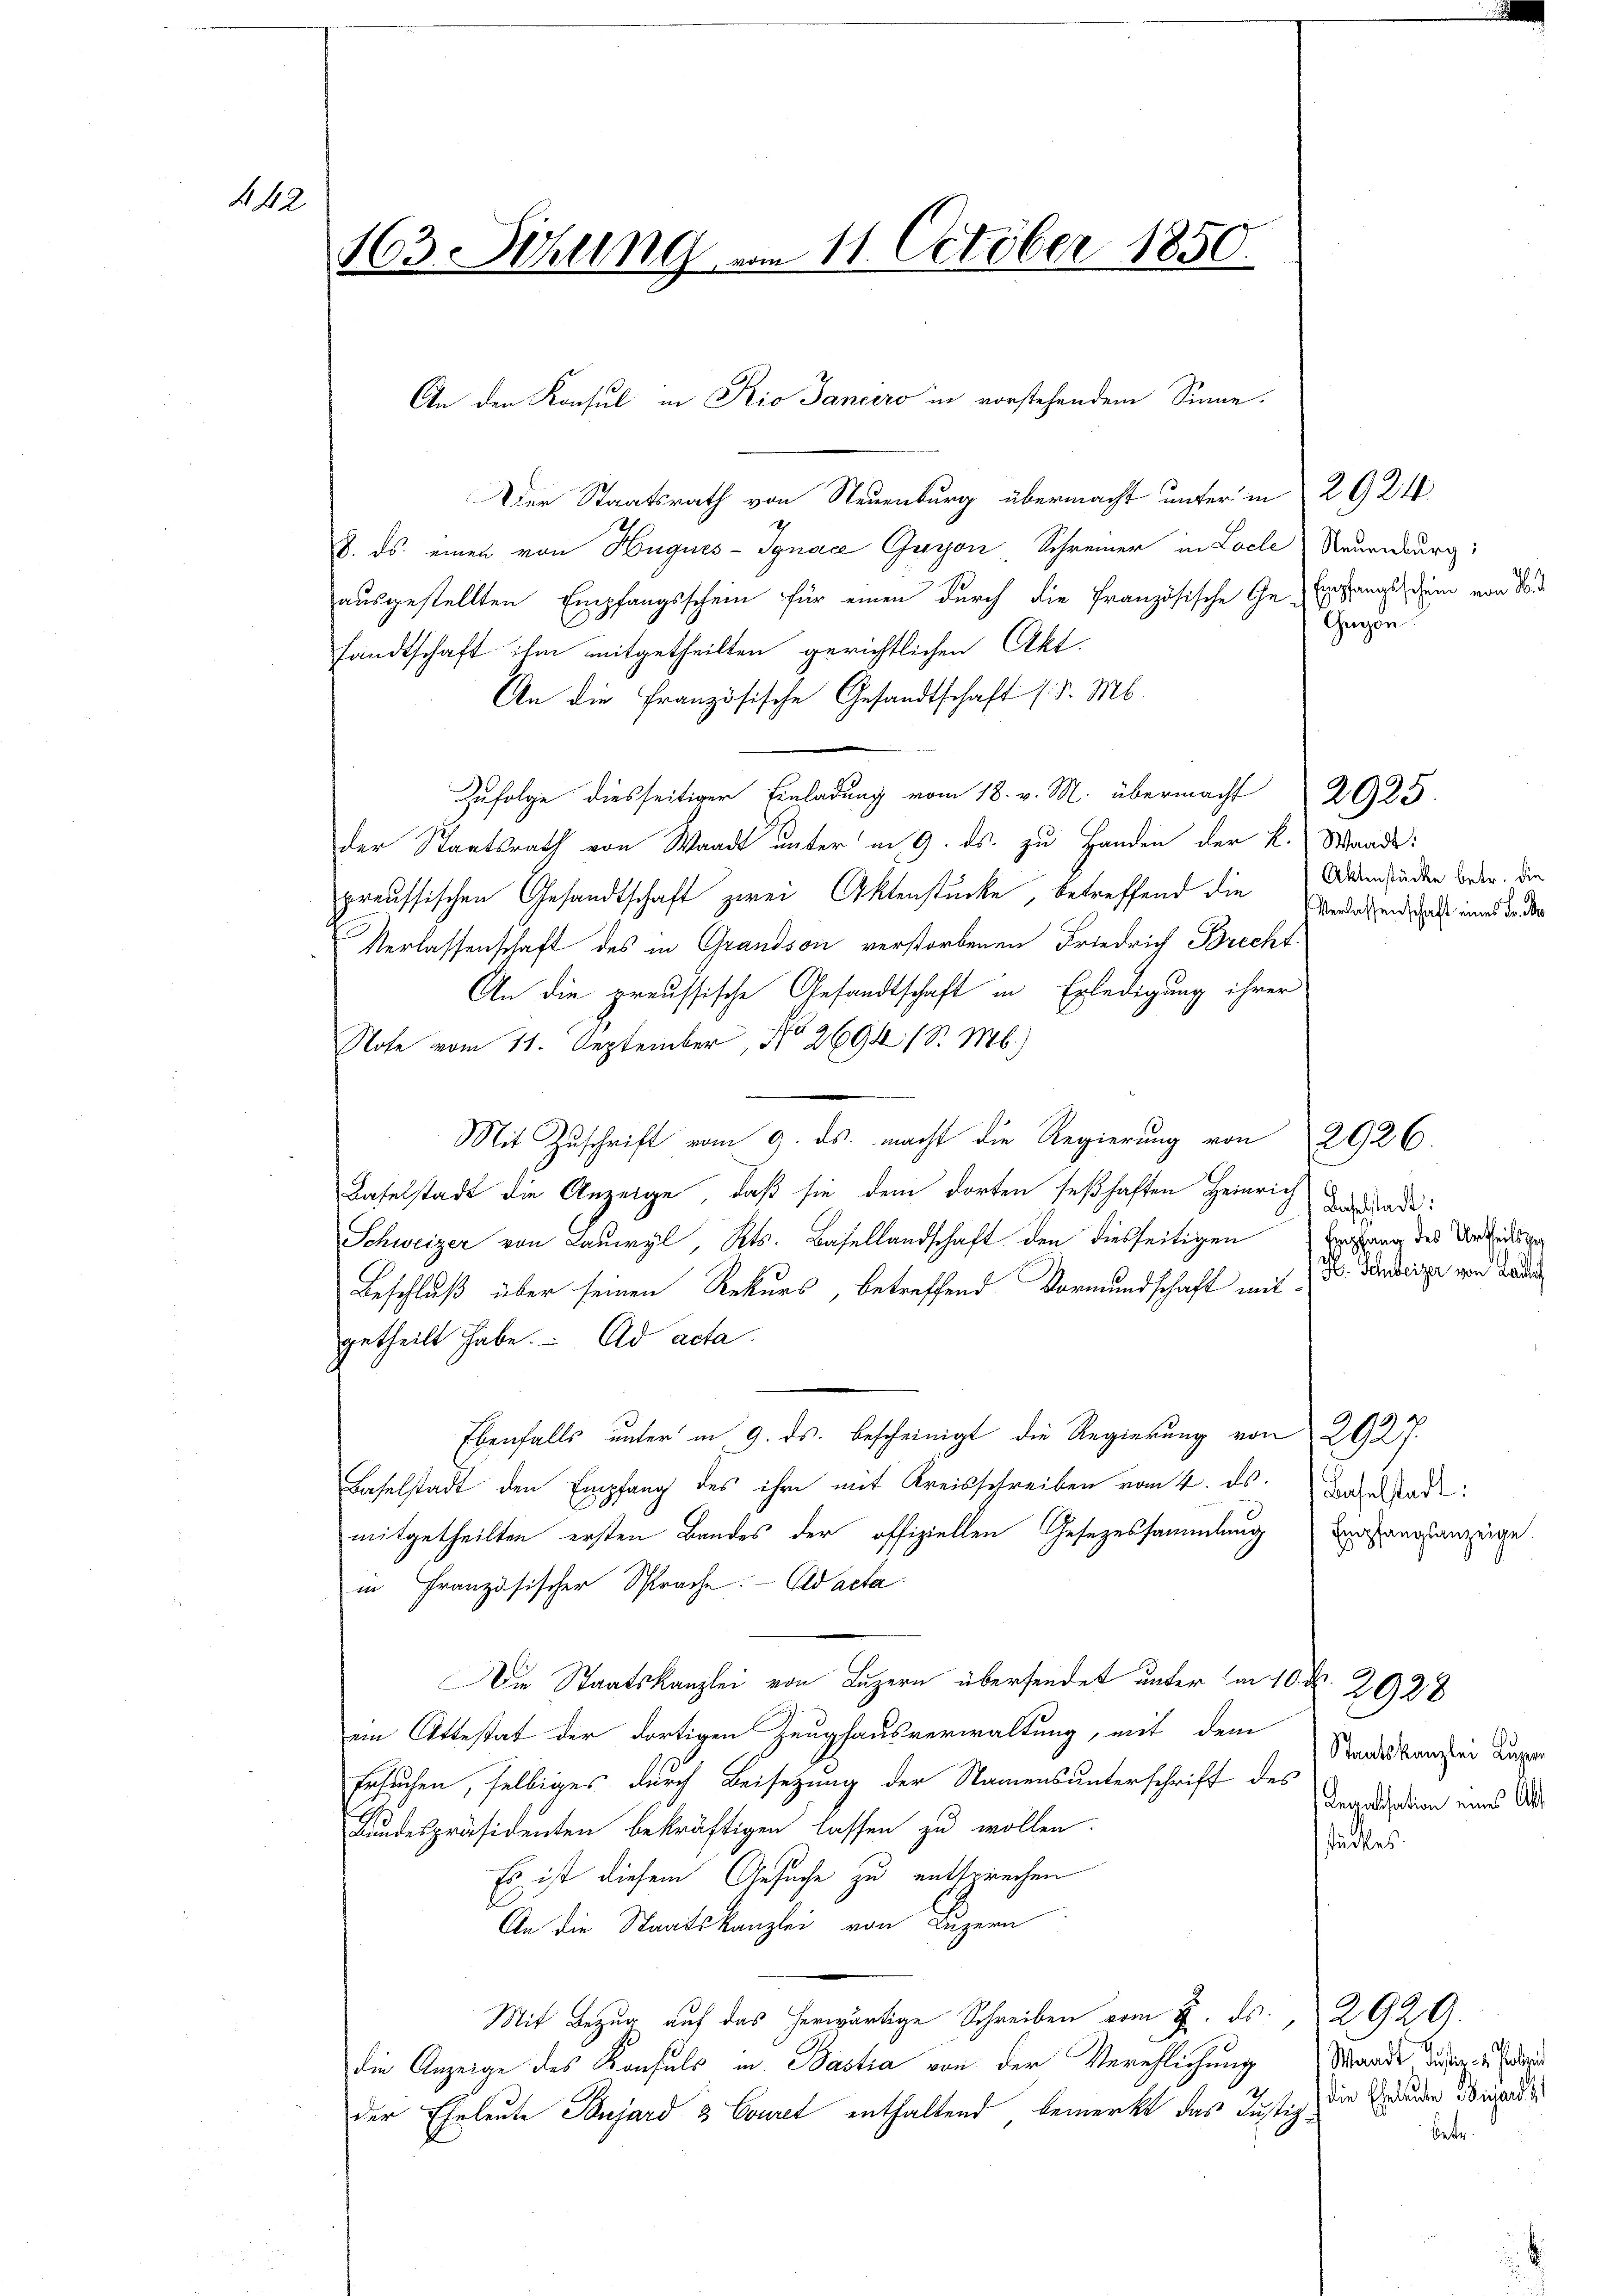
442

163. Sizung vom 11. October 1850.

Der Staatsrath von Steuenburg übermacht unter in 2 G 24
J. ds. einen von Hugues-Ignacz Guyon Schreiner in Loche Neuenburg:
ausgestellten Empfangsschein für einen durch die Französische Ge-Exohannst, dem von 25.
sandtschaft ihm mitgetheilten gerichtlichen Akt.
An die Französische Gesandtschaft (S. M.
Zufolge diesseitiger Einladung vom 18. v. M. übermacht 2025
der Staatsrath von Waadt unter in 9. ds. zu Handen der K. Waadt:
preussischen Gesandtschaft zwei Aktenstücke, betreffend die Adenfäden Beden. Die
Verlassenschaft des in Grandson verstorbenen Friedrich Brecht-
An die preussische Gesandtschaft in Erledigung ihrer
Note vom 11. September, No 2694 1 S. M.)
Mit Zuschrift vom 9. ds. macht die Regierung von 2926.
Baselstadt die Anzeige, daß sie dem dorten seßhaften Heinrich
Schweizer von Lauwyl, Kts. Basellandschaft den diesseitigen begang des Urteils
Beschluß über seinen Rekurs, betreffend Vormundschaft mitgetheilt habe. Ad acta
g
Ebenfalls unter in 9. ds. bescheinigt die Regierung von 292 f.
Laselstadt den Empfang des ihre mit Kreisschreiben vom 4. ds. Baselstade
mitgetheilten ersten Bandes der offiziellen Gesezessammlung einfangsanzeige.
in Französischer Sprache. - Eid acta.
Die Staatskanzlei von Luzern übersendet unter in 10. d. 2028
ein Attestat der dortigen Zeughausverwaltung, mit dem
Staatskanzlei Luzern
Ersuchen, selbiges durch Beisetzung der Namensunterschrift des
Regalisation eines Abt
Bundespräsidenten bekräftigen lassen zu wollen.
stückes.
Es ist diesem Gesuche zu entsprechen
An die Staatskanzlei von Luzern
Mit Bezug auf das herwärtige Schreiben vom 2. ds. 2929.
Waadt Justiz- & Polizei
die Anzeige des Konsuls in Bastia von der Verehlichung
der Eheleute Banjard & Couret enthaltend, bemerkt das Justiz, die Gedenden diesend
bet.

An den Konsul in Rio Sanciro in vorstehendem Sinne.

Gegen

Baselstadt:
H. Schweizer von Landrech

Verlassenschaft eines Fr. De